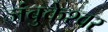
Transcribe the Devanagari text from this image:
जंबुकेश्‍वर